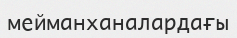
мейманханалардағы